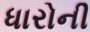
ધારોની